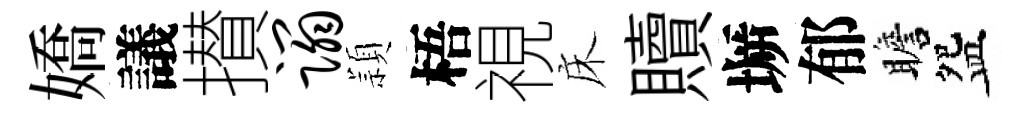
嬌議攅蹋頴梧視床贖󶱲郁瞻盌